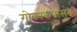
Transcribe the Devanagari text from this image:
गोकाकपासून